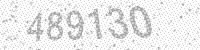
Solution: 489130